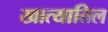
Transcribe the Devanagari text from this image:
खात्यातिल